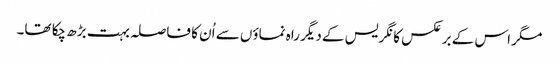
مگر اس کے برعکس کانگریس کے دیگر راہ نماؤں سے اُن کا فاصلہ بہت بڑھ چکا تھا۔